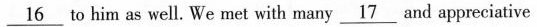
\underline{16} to him as well. We met with many \underline{17} and appreciative